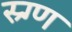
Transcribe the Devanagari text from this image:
स्र्ग्ण